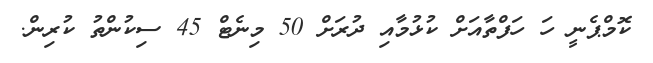
ކޮމްޕެނީ ހަ ހަފްތާއަށް ކުޅުމާއި ދުރަށް 50 މިނެޓް 45 ސިކުންތު ކުރިން.